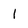
Character: l